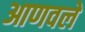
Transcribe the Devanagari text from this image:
आणवले